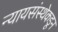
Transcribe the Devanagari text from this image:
न्यायसंस्थेकडून